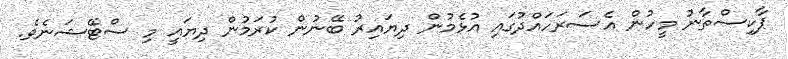
ޕާކިސްތާނު މީހުން އެސަރަހައްދުގައި އުޅެމުން ދިޔައިރު ބޭނުން ކުރަމުން ދިޔައީ މި ސްޓޭޝަނެވެ.